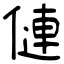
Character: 僆